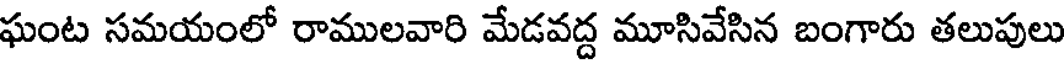
ఘంట సమయంలో రాములవారి మేడవద్ద మూసివేసిన బంగారు తలుపులు